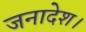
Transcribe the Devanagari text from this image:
जनादेश।